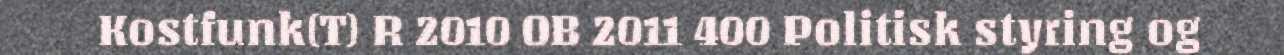
Kostfunk(T) R 2010 OB 2011 400 Politisk styring og